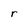
Character: r